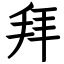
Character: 拜